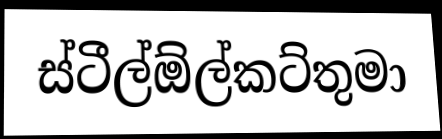
ස්ටීල්ඕල්කට්තුමා